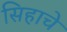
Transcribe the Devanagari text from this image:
सिहाचे